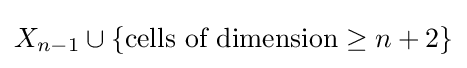
X_{n-1}\cup \{{\text{cells of dimension}}\geq n+2\}